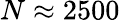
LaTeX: N\approx 2500